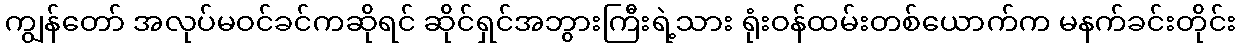
ကျွန်တော် အလုပ်မဝင်ခင်ကဆိုရင် ဆိုင်ရှင်အဘွားကြီးရဲ့သား ရုံးဝန်ထမ်းတစ်ယောက်က မနက်ခင်းတိုင်း